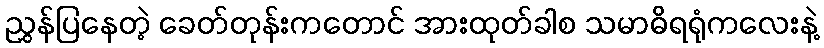
ညွှန်ပြနေတဲ့ ခေတ်တုန်းကတောင် အားထုတ်ခါစ သမာဓိရရုံကလေးနဲ့